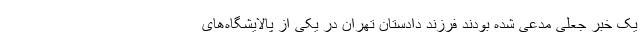
یک خبر جعلی مدعی شده بودند فرزند دادستان تهران در یکی از پالایشگاه‌های